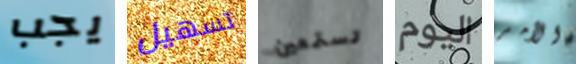
يجب تسهيل تستمعين اليوم الأمر